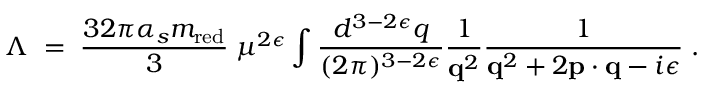
\Lambda \; = \; { \frac { 3 2 \pi \alpha _ { s } m _ { \mathrm { r e d } } } { 3 } } \; \mu ^ { 2 \epsilon } \int { \frac { d ^ { 3 - 2 \epsilon } q } { ( 2 \pi ) ^ { 3 - 2 \epsilon } } } { \frac { 1 } { { \bf q } ^ { 2 } } } { \frac { 1 } { { \bf q } ^ { 2 } + 2 { \bf p } \cdot { \bf q } - i \epsilon } } \; .